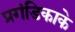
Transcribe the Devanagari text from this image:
प्रगंडिकाके